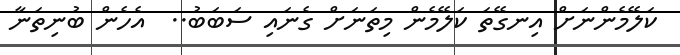
ކަލޭމެންނަށް އިނގޭތަ ކަލޭމެން މިތަނަށް ގެނައި ސަބަބު..  އެހެން ބުނިތަނާ